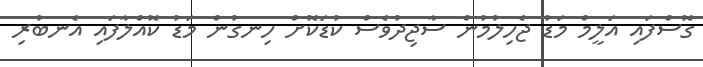
ގޮސްފައި އަލީމް މަޑު ޖެހިލުމުން ސާޖިދުވެސް ކުޑަކޮށް ހިނގުން މަޑު ކޮއްލާފައި އެނބުރި